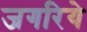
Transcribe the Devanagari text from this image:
जगरिये